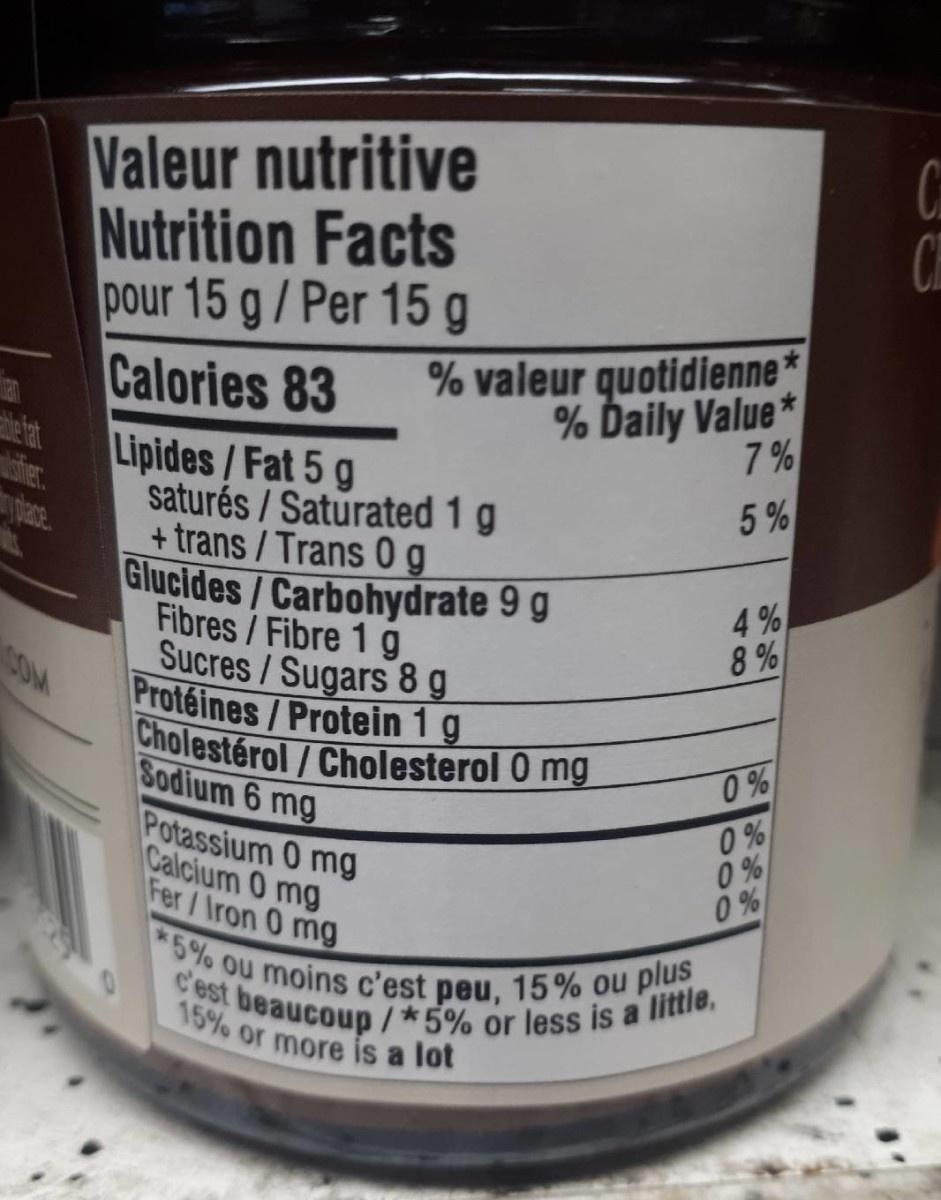
Valeur nutritive Nutrition Facts
Ci CH
pour 15 g/ Per 15 g
% valeur quotidienne*
Calories 83
% Daily Value* 7 %
tefat aer.
Lipides/Fat 5 g saturés / Saturated 1 g + trans/Trans 0 g Glucides/Carbohydrate 9 g Fibres/Fibre 1 g Sucres/Sugars 8 g
5%
Protéines/Protein 1 g Cholestérol / Cholesterol 0 mg SOM Sodium 6 mg Potassium 0 mg Calcium 0 mg Fer/Iron 0 mg
0 % 0 % 0 %
*5% ou moins c'est peu, 15% ou plus
c'est beaucoup /*5% or less is a little, 15% or more is a lot
48
O o00